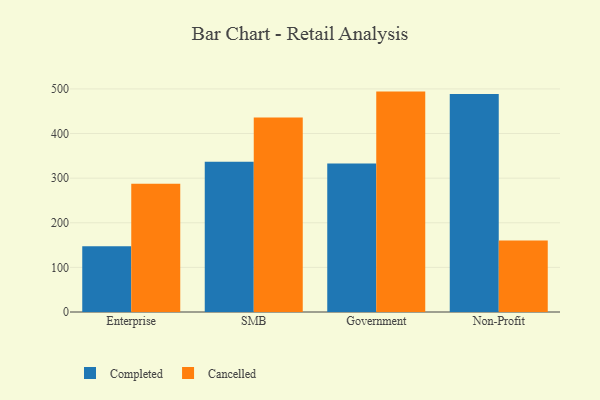
{"axis": {"x": "Segment", "y": "Website Visitors"}, "legend": ["Cancelled", "Completed"], "data": [{"x": "Enterprise", "y": 147.2, "type": "Completed"}, {"x": "Enterprise", "y": 287.2, "type": "Cancelled"}, {"x": "SMB", "y": 336.5, "type": "Completed"}, {"x": "SMB", "y": 435.9, "type": "Cancelled"}, {"x": "Government", "y": 333.1, "type": "Completed"}, {"x": "Government", "y": 494.0, "type": "Cancelled"}, {"x": "Non-Profit", "y": 488.9, "type": "Completed"}, {"x": "Non-Profit", "y": 160.0, "type": "Cancelled"}]}